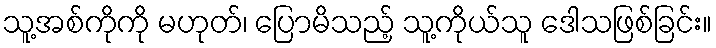
သူ့အစ်ကိုကို မဟုတ်၊ ပြောမိသည့် သူ့ကိုယ်သူ ဒေါသဖြစ်ခြင်း။